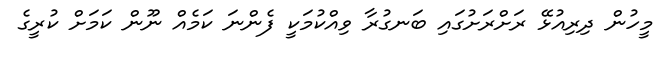
މީހުން ދިރިއުޅޭ ރަށްރަށުގައި ބަނގުރާ ވިއްކުމަކީ ފެންނަ ކަމެއް ނޫން ކަމަށް ކުރީގެ